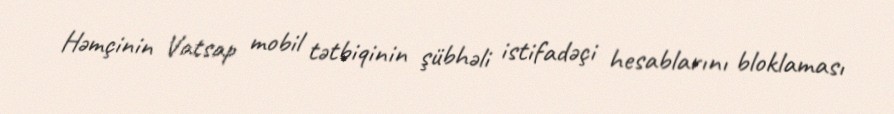
Həmçinin Vatsap mobil tətbiqinin şübhəli istifadəçi hesablarını bloklaması